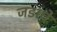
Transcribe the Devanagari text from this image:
जडाचे